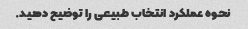
نحوه عملکرد انتخاب طبیعی را توضیح دهید.